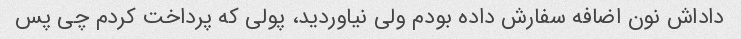
داداش نون اضافه سفارش داده بودم ولی نیاوردید، پولی که پرداخت کردم چی پس